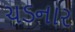
ચડનાર